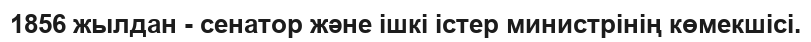
1856 жылдан - сенатор және ішкі істер министрінің көмекшісі.